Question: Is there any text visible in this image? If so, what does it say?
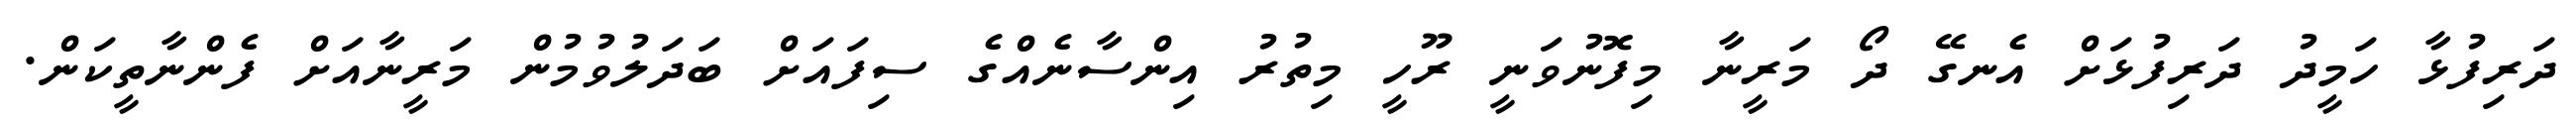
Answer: ދަރިފުޅާ ހަމީދު ދަރިފުޅަށް އެނގޭ ދޯ މަރީނާ މިފޮނުވަނީ ރޫހީ މިތުރު އިންސާނެއްގެ ސިފައަށް ބަދަލުވުމުން މަރީނާއަށް ފެންނާތީކަން.